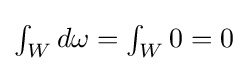
\textstyle \int _{W}d\omega =\int _{W}0=0